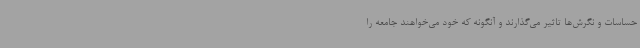
حساسات و نگرش‌ها تاثیر می‌گذارند و آنگونه که خود می‌خواهند جامعه را